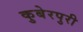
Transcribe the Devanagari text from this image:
कुबेरपुरी